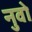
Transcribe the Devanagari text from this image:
नुवो